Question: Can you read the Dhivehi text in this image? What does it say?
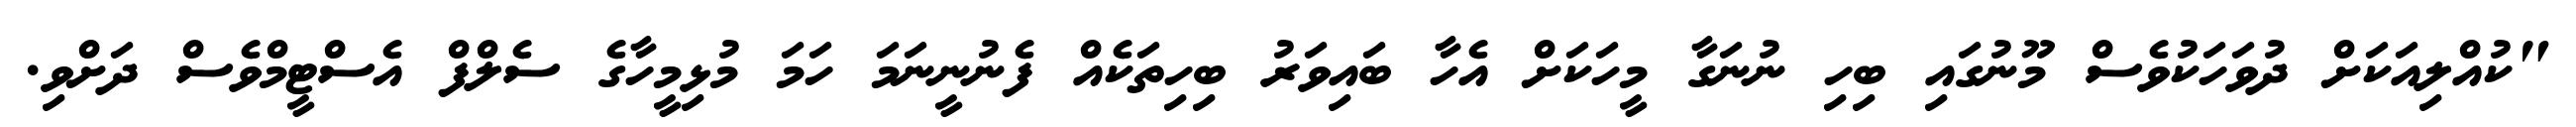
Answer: "ކުއްލިއަކަށް ދުވަހަކުވެސް މޫނުގައި ބިހި ނުނަގާ މީހަކަށް އެހާ ބައިވަރު ބިހިތަކެއް ފެނުނީނަމަ ހަމަ މުޅިމީހާގެ ސެލްފް އެސްޓީމްވެސް ދަށްވި.